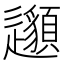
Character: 𨙁